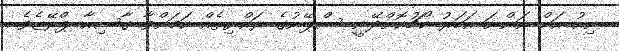
ނިއު އަށް އަންނަ އަހަރު ކޯޗުކޮށްދޭނީ ސްޕޭނުގެ ރައްޔިތެއް ކަމަށްވާ ގާސިއާ ޕްރޭޒެވެ.